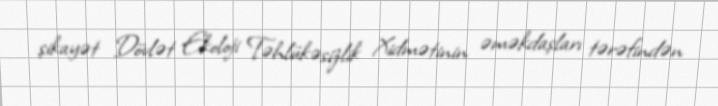
şikayət Dövlət Ekoloji Təhlükəsizlik Xidmətinin əməkdaşları tərəfindən